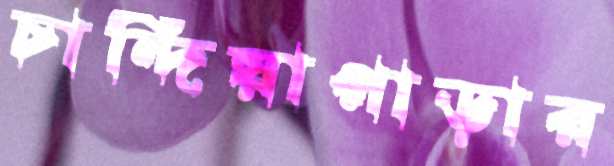
চান্দিয়াপাড়ার